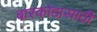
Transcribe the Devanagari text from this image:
बारकोडासाठी